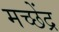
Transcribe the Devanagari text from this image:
मच्छेंद्र